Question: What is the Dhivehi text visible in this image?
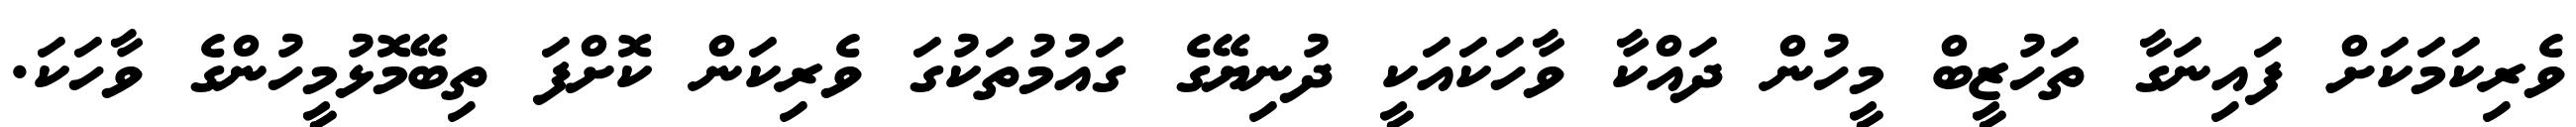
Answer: ވެރިކަމަކަށް ފައިނަގާ ތަހުޒީބް މީހުން ދައްކާ ވާހަކައަކީ ދުނިޔޭގެ ގައުމުތަކުގަ ވެރިކަން ކޮށްފަ ތިބޭމޮޅުމީހުންގެ ވާހަކަ.